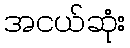
အငယ်ဆုံး